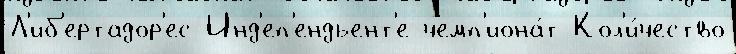
Л'иб'ертадор'ес Инд'еп'ендьент'е чемп'иона́т Кол'и́чество